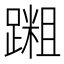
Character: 𫏝